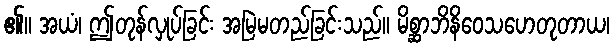
၏။ အယံ၊ ဤတုန်လှုပ်ခြင်း အမြဲမတည်ခြင်းသည်။ မိစ္ဆာဘိနိဝေသဟေတုတာယ၊